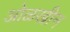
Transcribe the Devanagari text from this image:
ओळखीन